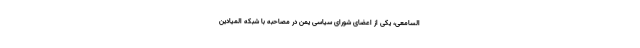
السامعی، یکی از اعضای شورای سیاسی یمن در مصاحبه‌ با شبکه المیادین